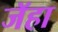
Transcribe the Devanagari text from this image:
जॅहा